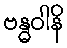
ဗန္ဓဝါနိ